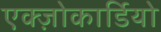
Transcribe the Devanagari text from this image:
एक्ज़ोकार्डियो